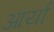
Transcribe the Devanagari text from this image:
आर्यां